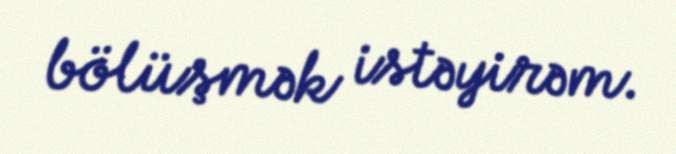
bölüşmək istəyirəm.